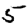
Digit: 5